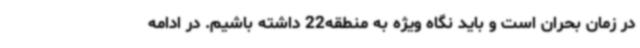
در زمان بحران است و باید نگاه ویژه به منطقه22 داشته باشیم. در ادامه